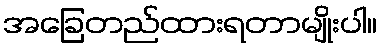
အခြေတည်ထားရတာမျိုးပါ။